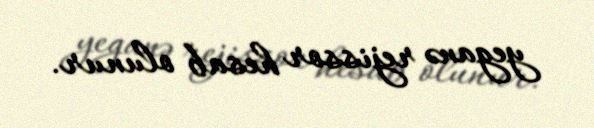
yeganə rejissor hesab olunur.